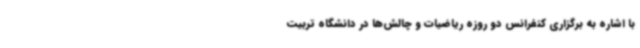
با اشاره به برگزاری کنفرانس دو روزه ریاضیات و چالش‌ها در دانشگاه تربیت